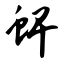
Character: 蜱